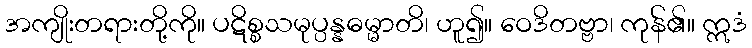
အကျိုးတရားတို့ကို။ ပဋိစ္စသမုပ္ပန္နဓမ္မာတိ၊ ဟူ၍။ ဝေဒိတဗ္ဗာ၊ ကုန်၏။ ဣဒံ